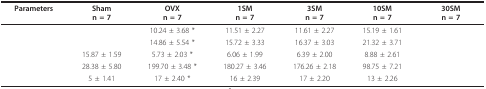
<table><thead><tr><td><b>Parameters</b></td><td><b>Shamn = 7</b></td><td><b>OVXn = 7</b></td><td><b>1SMn = 7</b></td><td><b>3SMn = 7</b></td><td><b>10SMn = 7</b></td><td><b>30SMn = 7</b></td></tr></thead><tbody><tr><td>[EMPTY_CELL]</td><td>[EMPTY_CELL]</td><td>10.24 ± 3.68 *</td><td>11.51 ± 2.27</td><td>11.61 ± 2.27</td><td>15.19 ± 1.61</td><td>[EMPTY_CELL]</td></tr><tr><td>[EMPTY_CELL]</td><td>[EMPTY_CELL]</td><td>14.86 ± 5.54 *</td><td>15.72 ± 3.33</td><td>16.37 ± 3.03</td><td>21.32 ± 3.71</td><td>[EMPTY_CELL]</td></tr><tr><td>[EMPTY_CELL]</td><td>15.87 ± 1.59</td><td>5.73 ± 2.03 *</td><td>6.06 ± 1.99</td><td>6.39 ± 2.00</td><td>8.88 ± 2.61</td><td>[EMPTY_CELL]</td></tr><tr><td>[EMPTY_CELL]</td><td>28.38 ± 5.80</td><td>199.70 ± 3.48 *</td><td>180.27 ± 3.46</td><td>176.26 ± 2.18</td><td>98.75 ± 7.21</td><td>[EMPTY_CELL]</td></tr><tr><td>[EMPTY_CELL]</td><td>5 ± 1.41</td><td>17 ± 2.40 *</td><td>16 ± 2.39</td><td>17 ± 2.20</td><td>13 ± 2.26</td><td>[EMPTY_CELL]</td></tr></tbody></table>